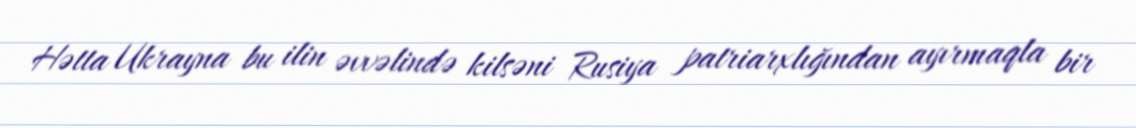
Hətta Ukrayna bu ilin əvvəlində kilsəni Rusiya patriarxlığından ayırmaqla bir